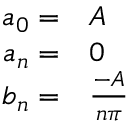
\begin{array} { r l } { a _ { 0 } = } & { { } A } \\ { a _ { n } = } & { { } 0 } \\ { b _ { n } = } & { { } { \frac { - A } { n \pi } } } \end{array}